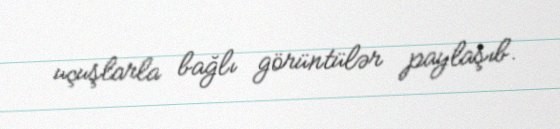
uçuşlarla bağlı görüntülər paylaşıb.